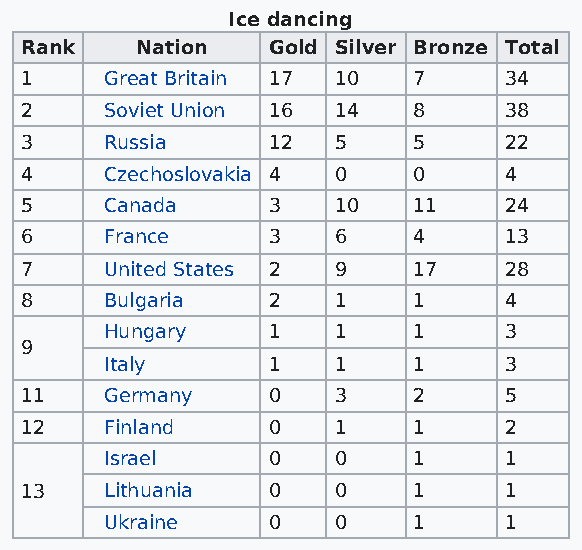
Ice dancing
 Rank    Nation   Gold Silver Bronze Total
 1     Great Britain 17 10 7     34
 2     Soviet Union 16 14  8     38
 3     Russia     12  5    5     22
 4     Czechoslovakia 4 0  0     4
 5     Canada     3   10   11    24
 6     France     3   6    4     13
 7     United States 2 9   17    28
 8     Bulgaria   2   1    1     4
 Hungary    1   1    1     3
 9
 Italy      1   1    1     3
 11    Germany    0   3    2     5
 12    Finland    0   1    1     2
 Israel     0   0    1     1
 13    Lithuania  0   0    1     1
 Ukraine    0   0    1     1